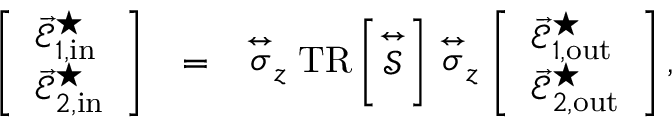
\begin{array} { r l r } { \left[ \begin{array} { l } { \vec { \mathcal { E } } _ { 1 , \mathrm { i n } } ^ { \star } } \\ { \vec { \mathcal { E } } _ { 2 , \mathrm { i n } } ^ { \star } } \end{array} \right] } & { = } & { \stackrel { \leftrightarrow } { \sigma } _ { z } \mathrm { T R } \left\lbrack \stackrel { \leftrightarrow } { \mathcal { S } } \right\rbrack \stackrel { \leftrightarrow } { \sigma } _ { z } \left[ \begin{array} { l } { \vec { \mathcal { E } } _ { 1 , \mathrm { o u t } } ^ { \star } } \\ { \vec { \mathcal { E } } _ { 2 , \mathrm { o u t } } ^ { \star } } \end{array} \right] , } \end{array}